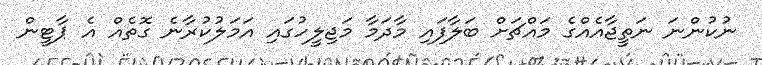
ނުކުންނަ ނަތީޖާއެއްގެ މައްޗަށް ބަލާފައި މާދަމާ މަޖިލީހުގައި އަމަލުކުރާނެ ގޮތެއް އެ ޕާޓީން